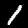
Label: 1